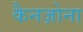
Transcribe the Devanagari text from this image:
कैनज़ोना